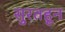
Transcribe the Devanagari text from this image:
सुरतहून